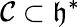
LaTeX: \mathcal{C}\subset{\mathfrak{{h}}}^{*}